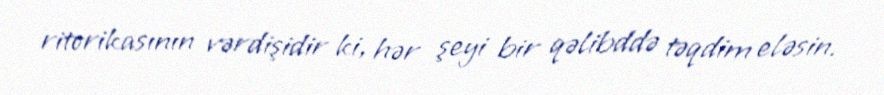
ritorikasının vərdişidir ki, hər şeyi bir qəlibddə təqdim eləsin.